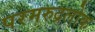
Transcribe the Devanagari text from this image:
परमरुद्रलोक